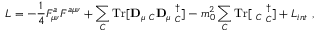
{ \cal L } = - \frac 1 4 F _ { \mu \nu } ^ { a } F ^ { a \mu \nu } + \sum _ { C } \mathrm { T r } [ { \bf D } _ { \mu } { \bf \Phi } _ { C } { \bf D } _ { \mu } { \bf \Phi } _ { C } ^ { \dagger } ] - m _ { 0 } ^ { 2 } \sum _ { C } \mathrm { T r } [ { \bf \Phi } _ { C } { \bf \Phi } _ { C } ^ { \dagger } ] + { \cal L } _ { i n t } \ ,